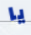
يا